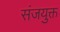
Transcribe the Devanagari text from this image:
संजयुक्त